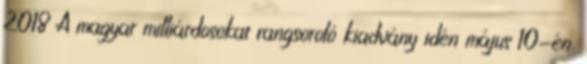
2018 A magyar milliárdosokat rangsoroló kiadvány idén május 10-én,